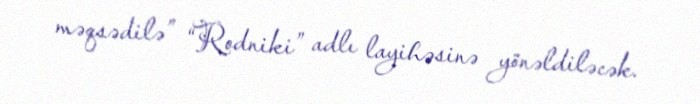
məqsədilə” “Rodniki” adlı layihəsinə yönəldiləcək.